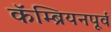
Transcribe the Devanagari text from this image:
कॅम्ब्रियनपूर्व